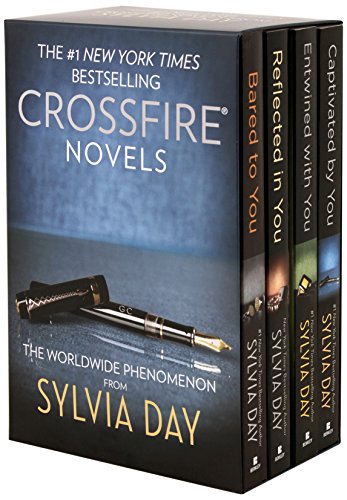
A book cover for Sylvia Day Crossfire Series 4-Volume Boxed Set: Bared to You/Reflected in You/Entwined with You/Captivated By You; Sylvia Day; Romance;